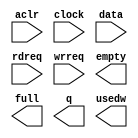
// megafunction wizard: %FIFO%VBB%
// GENERATION: STANDARD
// VERSION: WM1.0
// MODULE: scfifo 

// ============================================================
// Megafunction Name(s):
// 			scfifo
//
// Simulation Library Files(s):
// 			altera_mf
// ============================================================
// ************************************************************
// THIS IS A WIZARD-GENERATED FILE. DO NOT EDIT THIS FILE!
//
// 9.0 Build 132 02/25/2009 SJ Full Version
// ************************************************************

//Copyright (C) 1991-2009 Altera Corporation
//Your use of Altera Corporation's design tools, logic functions 
//and other software and tools, and its AMPP partner logic 
//functions, and any output files from any of the foregoing 
//(including device programming or simulation files), and any 
//associated documentation or information are expressly subject 
//to the terms and conditions of the Altera Program License 
//Subscription Agreement, Altera MegaCore Function License 
//Agreement, or other applicable license agreement, including, 
//without limitation, that your use is for the sole purpose of 
//programming logic devices manufactured by Altera and sold by 
//Altera or its authorized distributors.  Please refer to the 
//applicable agreement for further details.

module fifo2Re (
	aclr,
	clock,
	data,
	rdreq,
	wrreq,
	empty,
	full,
	q,
	usedw);

	input	  aclr;
	input	  clock;
	input	[15:0]  data;
	input	  rdreq;
	input	  wrreq;
	output	  empty;
	output	  full;
	output	[15:0]  q;
	output	[6:0]  usedw;

endmodule

// ============================================================
// CNX file retrieval info
// ============================================================
// Retrieval info: PRIVATE: AlmostEmpty NUMERIC "0"
// Retrieval info: PRIVATE: AlmostEmptyThr NUMERIC "-1"
// Retrieval info: PRIVATE: AlmostFull NUMERIC "0"
// Retrieval info: PRIVATE: AlmostFullThr NUMERIC "-1"
// Retrieval info: PRIVATE: CLOCKS_ARE_SYNCHRONIZED NUMERIC "1"
// Retrieval info: PRIVATE: Clock NUMERIC "0"
// Retrieval info: PRIVATE: Depth NUMERIC "128"
// Retrieval info: PRIVATE: Empty NUMERIC "1"
// Retrieval info: PRIVATE: Full NUMERIC "1"
// Retrieval info: PRIVATE: INTENDED_DEVICE_FAMILY STRING "Cyclone II"
// Retrieval info: PRIVATE: LE_BasedFIFO NUMERIC "0"
// Retrieval info: PRIVATE: LegacyRREQ NUMERIC "1"
// Retrieval info: PRIVATE: MAX_DEPTH_BY_9 NUMERIC "0"
// Retrieval info: PRIVATE: OVERFLOW_CHECKING NUMERIC "0"
// Retrieval info: PRIVATE: Optimize NUMERIC "2"
// Retrieval info: PRIVATE: RAM_BLOCK_TYPE NUMERIC "0"
// Retrieval info: PRIVATE: SYNTH_WRAPPER_GEN_POSTFIX STRING "0"
// Retrieval info: PRIVATE: UNDERFLOW_CHECKING NUMERIC "0"
// Retrieval info: PRIVATE: UsedW NUMERIC "1"
// Retrieval info: PRIVATE: Width NUMERIC "16"
// Retrieval info: PRIVATE: dc_aclr NUMERIC "0"
// Retrieval info: PRIVATE: diff_widths NUMERIC "0"
// Retrieval info: PRIVATE: msb_usedw NUMERIC "0"
// Retrieval info: PRIVATE: output_width NUMERIC "16"
// Retrieval info: PRIVATE: rsEmpty NUMERIC "1"
// Retrieval info: PRIVATE: rsFull NUMERIC "0"
// Retrieval info: PRIVATE: rsUsedW NUMERIC "0"
// Retrieval info: PRIVATE: sc_aclr NUMERIC "1"
// Retrieval info: PRIVATE: sc_sclr NUMERIC "0"
// Retrieval info: PRIVATE: wsEmpty NUMERIC "0"
// Retrieval info: PRIVATE: wsFull NUMERIC "1"
// Retrieval info: PRIVATE: wsUsedW NUMERIC "0"
// Retrieval info: CONSTANT: ADD_RAM_OUTPUT_REGISTER STRING "OFF"
// Retrieval info: CONSTANT: INTENDED_DEVICE_FAMILY STRING "Cyclone II"
// Retrieval info: CONSTANT: LPM_NUMWORDS NUMERIC "128"
// Retrieval info: CONSTANT: LPM_SHOWAHEAD STRING "OFF"
// Retrieval info: CONSTANT: LPM_TYPE STRING "scfifo"
// Retrieval info: CONSTANT: LPM_WIDTH NUMERIC "16"
// Retrieval info: CONSTANT: LPM_WIDTHU NUMERIC "7"
// Retrieval info: CONSTANT: OVERFLOW_CHECKING STRING "ON"
// Retrieval info: CONSTANT: UNDERFLOW_CHECKING STRING "ON"
// Retrieval info: CONSTANT: USE_EAB STRING "ON"
// Retrieval info: USED_PORT: aclr 0 0 0 0 INPUT NODEFVAL aclr
// Retrieval info: USED_PORT: clock 0 0 0 0 INPUT NODEFVAL clock
// Retrieval info: USED_PORT: data 0 0 16 0 INPUT NODEFVAL data[15..0]
// Retrieval info: USED_PORT: empty 0 0 0 0 OUTPUT NODEFVAL empty
// Retrieval info: USED_PORT: full 0 0 0 0 OUTPUT NODEFVAL full
// Retrieval info: USED_PORT: q 0 0 16 0 OUTPUT NODEFVAL q[15..0]
// Retrieval info: USED_PORT: rdreq 0 0 0 0 INPUT NODEFVAL rdreq
// Retrieval info: USED_PORT: usedw 0 0 7 0 OUTPUT NODEFVAL usedw[6..0]
// Retrieval info: USED_PORT: wrreq 0 0 0 0 INPUT NODEFVAL wrreq
// Retrieval info: CONNECT: @data 0 0 16 0 data 0 0 16 0
// Retrieval info: CONNECT: q 0 0 16 0 @q 0 0 16 0
// Retrieval info: CONNECT: @wrreq 0 0 0 0 wrreq 0 0 0 0
// Retrieval info: CONNECT: @rdreq 0 0 0 0 rdreq 0 0 0 0
// Retrieval info: CONNECT: @clock 0 0 0 0 clock 0 0 0 0
// Retrieval info: CONNECT: full 0 0 0 0 @full 0 0 0 0
// Retrieval info: CONNECT: empty 0 0 0 0 @empty 0 0 0 0
// Retrieval info: CONNECT: usedw 0 0 7 0 @usedw 0 0 7 0
// Retrieval info: CONNECT: @aclr 0 0 0 0 aclr 0 0 0 0
// Retrieval info: LIBRARY: altera_mf altera_mf.altera_mf_components.all
// Retrieval info: GEN_FILE: TYPE_NORMAL fifo2Re.v TRUE
// Retrieval info: GEN_FILE: TYPE_NORMAL fifo2Re.inc FALSE
// Retrieval info: GEN_FILE: TYPE_NORMAL fifo2Re.cmp FALSE
// Retrieval info: GEN_FILE: TYPE_NORMAL fifo2Re.bsf FALSE
// Retrieval info: GEN_FILE: TYPE_NORMAL fifo2Re_inst.v FALSE
// Retrieval info: GEN_FILE: TYPE_NORMAL fifo2Re_bb.v TRUE
// Retrieval info: GEN_FILE: TYPE_NORMAL fifo2Re_waveforms.html TRUE
// Retrieval info: GEN_FILE: TYPE_NORMAL fifo2Re_wave*.jpg FALSE
// Retrieval info: LIB_FILE: altera_mf